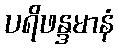
ပရိဖန္ဒမာနံ